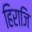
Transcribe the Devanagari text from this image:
हिराजि